Lunatic asylums Bombay report 1891-1903 - 1891-1903
Year: 1891
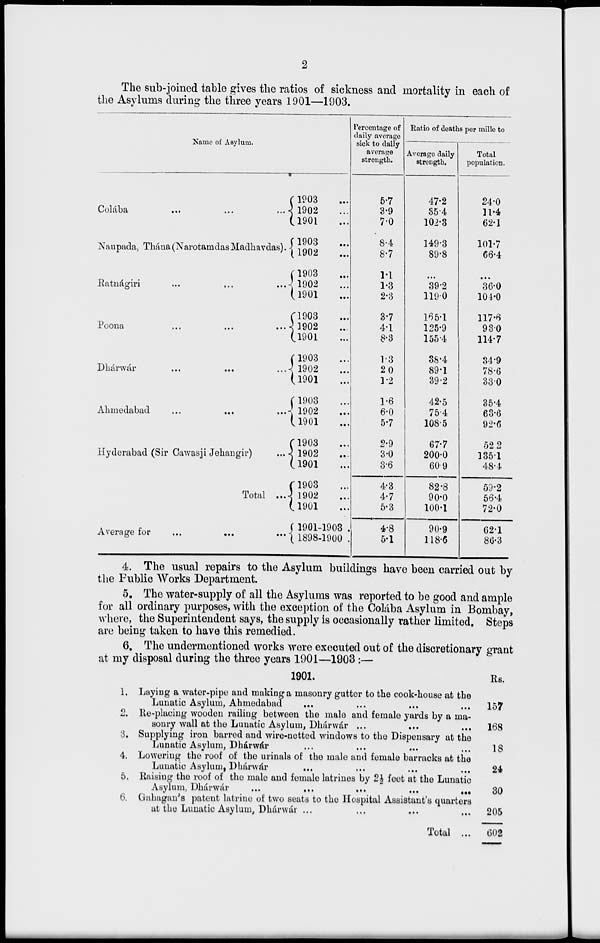
2
The sub-joined table gives the ratios of sickness and mortality in each of
the Asylums during the three years 1901—1903.
Name of Asylum.
Colába ... ... ...
Naupada, Thána (Narotamdas Madhavdas).
Ratnágiri ... ... ...
Poona ... ... ...
Dhárwár
...
...
...
Ahmedabad ... ... ...
Hyderabad (Sir Cawasji Jehangir)
Total ..
Average for ... ... ...
1903 ...
1902 ...
1901 ...
1903 ...
1902 ...
1903 ...
1902 ...
1901 ...
1903 ...
1902 ...
1901 ...
1903 ...
1902 ...
1901 ...
1903 ...
1902 ...
1901 ...
1903 ...
1902 ...
1901 ...
1903 ...
1902 ...
1901 ...
1901-1903
1898-1900
Percentage of
daily average
sick to daily
average
strength.
5.7
3.9
7.0
8.4
8.7
1.1
1.3
2.3
3.7
4.1
8.3
1.3
2.0
1.2
1.6
6.0
5.7
2.9
3.0
3.6
4.3
4.7
5.3
4.8
5.1
Ratio of deaths per mille to
Average daily
strength.
47.2
35.4
102.3
149.3
89.8
...
39.2
119.0
165.1
125.9
155.4
38.4
89.1
39.2
42.5
75.4
108.5
67.7
200.0
60 9
82.8
90.0
100.1
90.9
118.6
Total
population.
24.0
11.4
62.1
101.7
66.4
...
36.0
104.0
117.6
93.0
114.7
34.9
78.6
33.0
35.4
63.6
92.6
52.2
135.1
48.4
59.2
56.4
72.0
62.1
86.3
4. The usual repairs to the Asylum buildings have been carried out by
the Public Works Department.
5. The water-supply of all the Asylums was reported to be good and ample
for all ordinary purposes, with the exception of the Colába Asylum in Bombay,
where, the Superintendent says, the supply is occasionally rather limited. Steps
are being taken to have this remedied.
6. The undermentioned works were executed out of the discretionary grant
at my disposal during the three years 1901—1903:—
1.
2.
3.
4.
5.
6.
1901.
Laying a water-pipe and making a masonry gutter to the cook-house at the
Lunatic Asylum, Ahmedabad
... ... ... ...
Re-placing wooden railing between the male and female yards by a ma-
sonry wall at the Lunatic Asylum, Dhárwár ... ... ...
Supplying iron barred and wire-netted windows to the Dispensary at the
Lunatic Asylum, Dhárwár ... ... ... ...
Lowering the roof of the urinals of the male and female barracks at the
Lunatic Asylum, Dhárwár ... ... ...
Raising the roof of the male and female latrines by 2½ feet at the Lunatic
Asylum, Dhárwár
...
...
...
...
Gahagan's patent latrine of two seats to the Hospital Assistant's quarters
at the Lunatic Asylum, Dhárwár ...
Total ...
Rs.
157
168
18
24
30
205
602